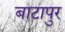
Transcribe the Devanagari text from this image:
बाटापुर